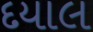
દયાલ